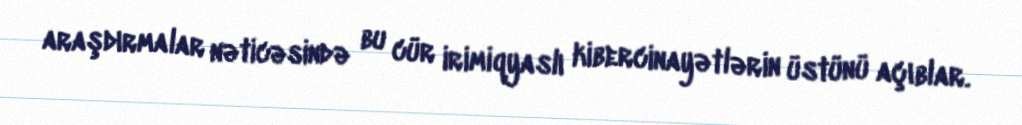
araşdırmalar nəticəsində bu cür irimiqyaslı kibercinayətlərin üstünü açıblar.